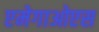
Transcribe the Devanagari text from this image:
एमेगाओएस